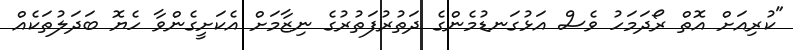
"ކުރިއަށް އޮތް ރޯދަމަހު ވެސް އަޅުގަނޑުމެންގެ ދަތުރުފަތުރުގެ ނިޒާމަށް އެކަށީގެންވާ ހެޔޮ ބަދަލުތަކެއް